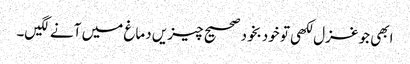
ابھی جو غزل لکھی تو خودبخود صحیح چیزیں دماغ میں آنے لگیں۔